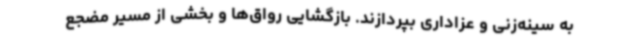
به سینه‌زنی و عزاداری بپردازند. بازگشایی رواق‌ها و بخشی از مسیر مضجع